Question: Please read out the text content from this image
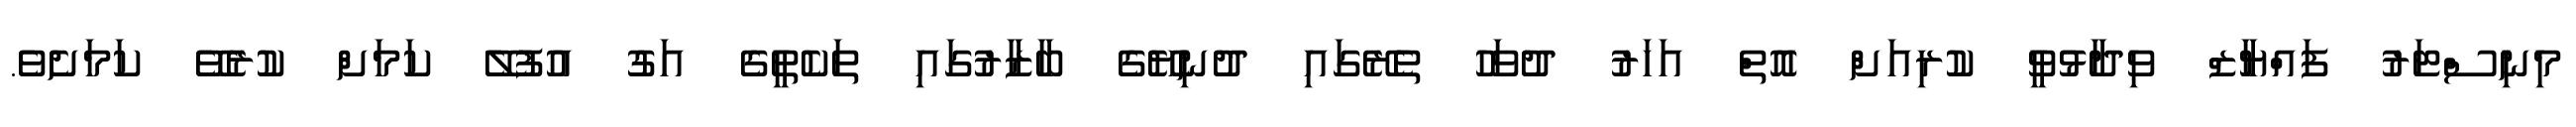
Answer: މިނިސްޓަރު ފައްޔާޒް ވިދާޅުވީ ކުރިއަށް އޮތް އަހަރު ދުވަހު ތެރޭގައި ދުނިޔޭގެ ބާޒާރުގައި ތަކެތީގެ އަގު އުފުލޭ ކަމަށް ކުރެވޭ ކަމަށެވެ.